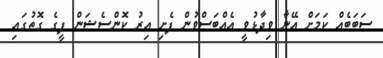
ސަބަބެއް ކަމަށް އޭނާ ވިދާޅުވީ އެއްބަސްވުން ފެށި އިރު ކޮންސެޝަން ފީގެ ގޮތުގައި